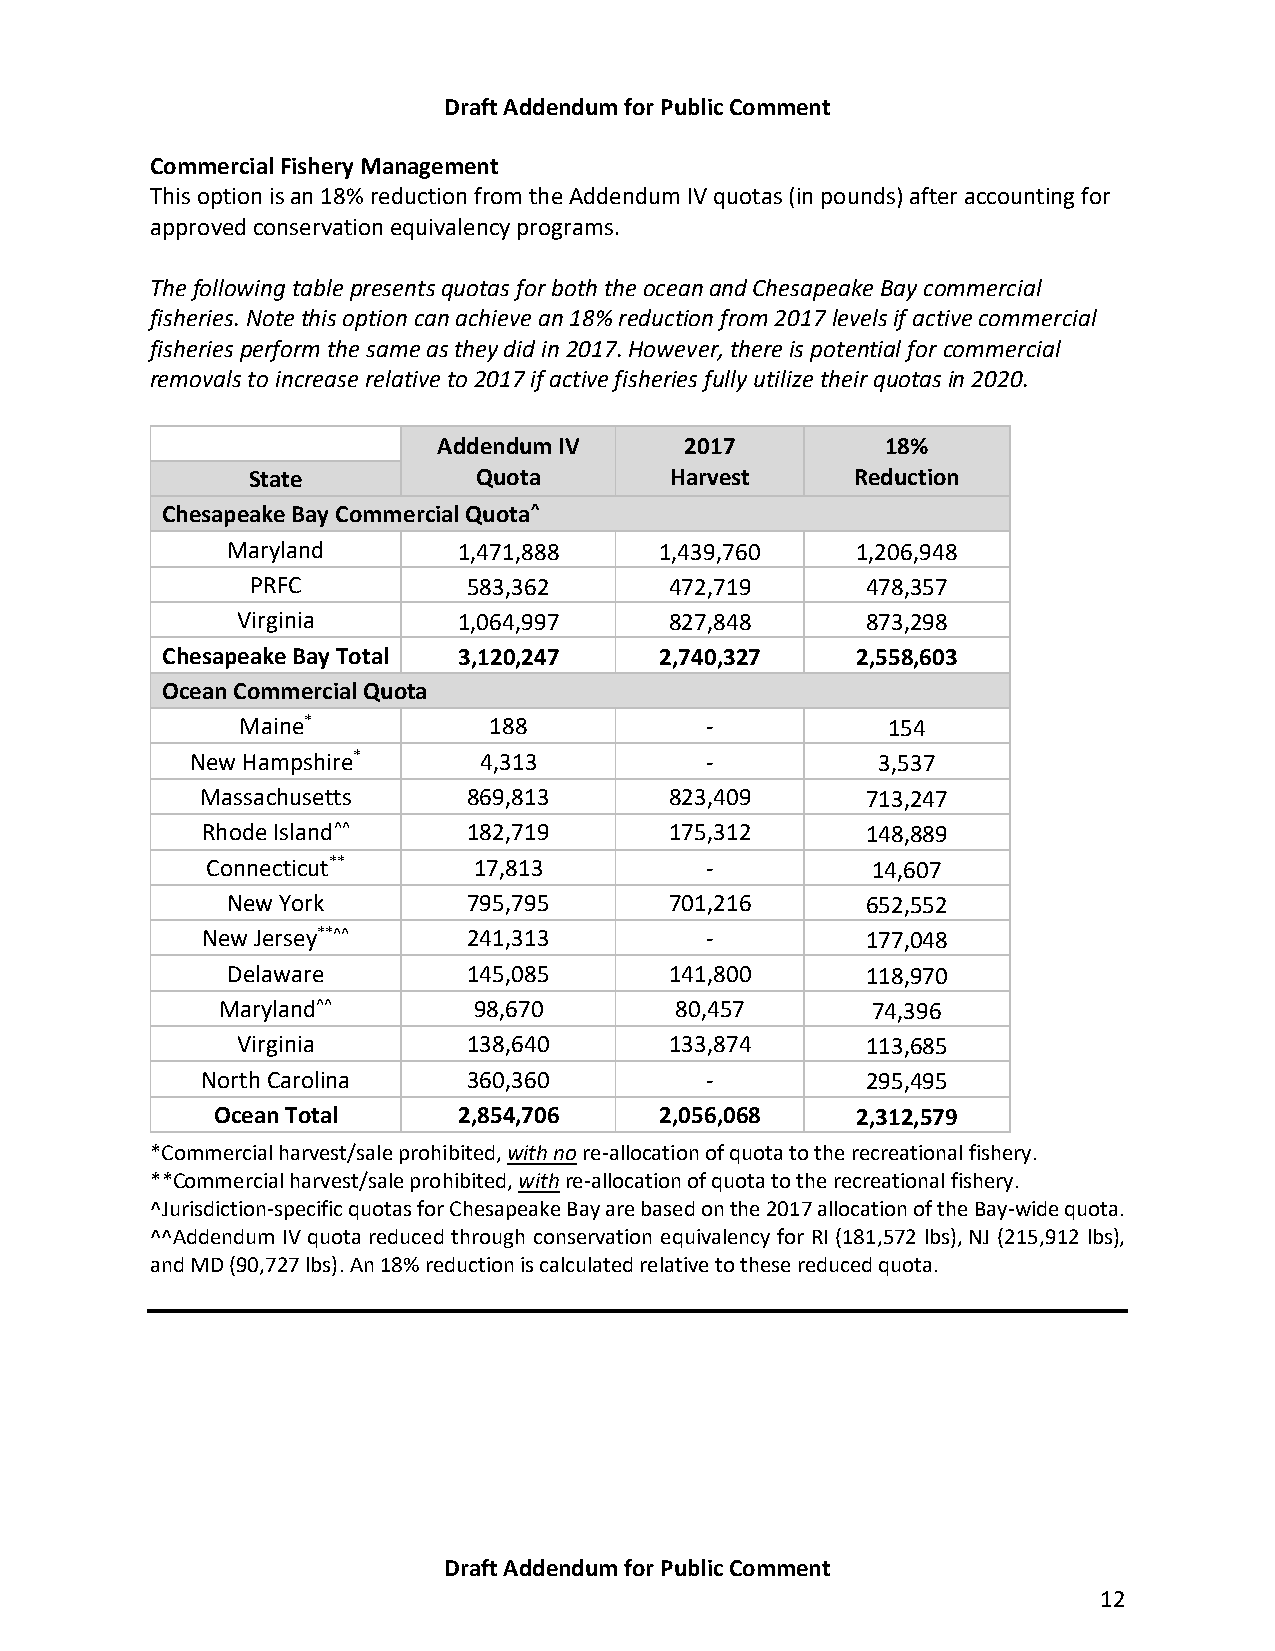
Draft Addendum for Public Comment
 Commercial Fishery Management
 This option is an 18% reduction from the Addendum IV quotas (in pounds) after accounting for
 approved conservation equivalency programs.
 The following table presents quotas for both the ocean and Chesapeake Bay commercial
 fisheries. Note this option can achieve an 18% reduction from 2017 levels if active commercial
 fisheries perform the same as they did in 2017. However, there is potential for commercial
 removals to increase relative to 2017 if active fisheries fully utilize their quotas in 2020.
 Addendum IV     2017          18%
 State           Quota       Harvest      Reduction
 Chesapeake Bay Commercial Quota^
 Maryland       1,471,888     1,439,760    1,206,948
 PRFC          583,362      472,719      478,357
 Virginia      1,064,997     827,848      873,298
 Chesapeake Bay Total 3,120,247   2,740,327    2,558,603
 Ocean Commercial Quota
 Maine*          188            -           154
 New Hampshire*     4,313          -          3,537
 Massachusetts     869,813      823,409      713,247
 Rhode Island^^    182,719      175,312      148,889
 Connecticut**    17,813          -          14,607
 New York        795,795      701,216      652,552
 New Jersey**^^    241,313         -         177,048
 Delaware        145,085      141,800      118,970
 Maryland^^       98,670        80,457       74,396
 Virginia       138,640      133,874      113,685
 North Carolina    360,360         -         295,495
 Ocean Total     2,854,706     2,056,068    2,312,579
 *Commercial harvest/sale prohibited, with no re-allocation of quota to the recreational fishery.
 **Commercial harvest/sale prohibited, with re-allocation of quota to the recreational fishery.
 ^Jurisdiction-specific quotas for Chesapeake Bay are based on the 2017 allocation of the Bay-wide quota.
 ^^Addendum IV quota reduced through conservation equivalency for RI (181,572 lbs), NJ (215,912 lbs),
 and MD (90,727 lbs). An 18% reduction is calculated relative to these reduced quota.
 Draft Addendum for Public Comment
 12